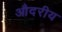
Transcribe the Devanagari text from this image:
औदरीय